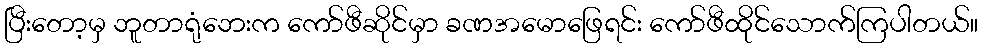
ပြီးတော့မှ ဘူတာရုံဘေးက ကော်ဖီဆိုင်မှာ ခဏအမောဖြေရင်း ကော်ဖီထိုင်သောက်ကြပါတယ်။